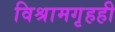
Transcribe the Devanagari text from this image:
विश्रामगृहही